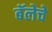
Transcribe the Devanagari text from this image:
बॅलेचे